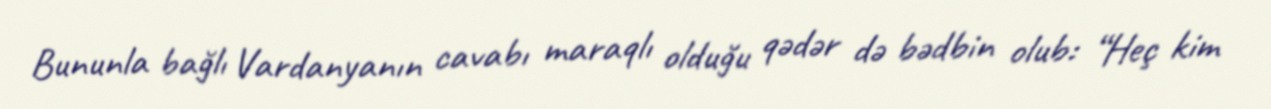
Bununla bağlı Vardanyanın cavabı maraqlı olduğu qədər də bədbin olub: “Heç kim